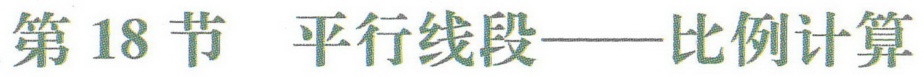
第18节 平行线段——比例计算